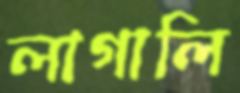
লাগালি